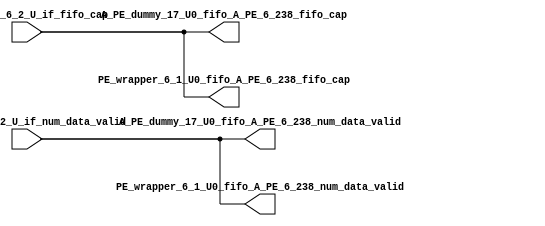
// ==================================================
// RTL generated by RapidStream
//
// Copyright 2024 RapidStream Design Automation, Inc.
// All Rights Reserved.
// ==================================================
`timescale 1 ns / 1 ps
module __rs_kernel3_aux_split_aux_34 #(
    parameter C_S_AXI_CONTROL_DATA_WIDTH  = 32,
    parameter C_S_AXI_CONTROL_ADDR_WIDTH  = 6,
    parameter C_S_AXI_DATA_WIDTH          = 32,
    parameter C_M_AXI_GMEM_A_ID_WIDTH     = 1,
    parameter C_M_AXI_GMEM_A_ADDR_WIDTH   = 64,
    parameter C_M_AXI_GMEM_A_DATA_WIDTH   = 512,
    parameter C_M_AXI_GMEM_A_AWUSER_WIDTH = 1,
    parameter C_M_AXI_GMEM_A_ARUSER_WIDTH = 1,
    parameter C_M_AXI_GMEM_A_WUSER_WIDTH  = 1,
    parameter C_M_AXI_GMEM_A_RUSER_WIDTH  = 1,
    parameter C_M_AXI_GMEM_A_BUSER_WIDTH  = 1,
    parameter C_M_AXI_GMEM_A_USER_VALUE   = 0,
    parameter C_M_AXI_GMEM_A_PROT_VALUE   = 0,
    parameter C_M_AXI_GMEM_A_CACHE_VALUE  = 3,
    parameter C_M_AXI_DATA_WIDTH          = 32,
    parameter C_M_AXI_GMEM_B_ID_WIDTH     = 1,
    parameter C_M_AXI_GMEM_B_ADDR_WIDTH   = 64,
    parameter C_M_AXI_GMEM_B_DATA_WIDTH   = 512,
    parameter C_M_AXI_GMEM_B_AWUSER_WIDTH = 1,
    parameter C_M_AXI_GMEM_B_ARUSER_WIDTH = 1,
    parameter C_M_AXI_GMEM_B_WUSER_WIDTH  = 1,
    parameter C_M_AXI_GMEM_B_RUSER_WIDTH  = 1,
    parameter C_M_AXI_GMEM_B_BUSER_WIDTH  = 1,
    parameter C_M_AXI_GMEM_B_USER_VALUE   = 0,
    parameter C_M_AXI_GMEM_B_PROT_VALUE   = 0,
    parameter C_M_AXI_GMEM_B_CACHE_VALUE  = 3,
    parameter C_M_AXI_GMEM_C_ID_WIDTH     = 1,
    parameter C_M_AXI_GMEM_C_ADDR_WIDTH   = 64,
    parameter C_M_AXI_GMEM_C_DATA_WIDTH   = 512,
    parameter C_M_AXI_GMEM_C_AWUSER_WIDTH = 1,
    parameter C_M_AXI_GMEM_C_ARUSER_WIDTH = 1,
    parameter C_M_AXI_GMEM_C_WUSER_WIDTH  = 1,
    parameter C_M_AXI_GMEM_C_RUSER_WIDTH  = 1,
    parameter C_M_AXI_GMEM_C_BUSER_WIDTH  = 1,
    parameter C_M_AXI_GMEM_C_USER_VALUE   = 0,
    parameter C_M_AXI_GMEM_C_PROT_VALUE   = 0,
    parameter C_M_AXI_GMEM_C_CACHE_VALUE  = 3,
    parameter C_S_AXI_CONTROL_WSTRB_WIDTH = 4,
    parameter C_S_AXI_WSTRB_WIDTH         = 4,
    parameter C_M_AXI_GMEM_A_WSTRB_WIDTH  = 64,
    parameter C_M_AXI_WSTRB_WIDTH         = 4,
    parameter C_M_AXI_GMEM_B_WSTRB_WIDTH  = 64,
    parameter C_M_AXI_GMEM_C_WSTRB_WIDTH  = 64
) (
    output wire [1:0] A_PE_dummy_17_U0_fifo_A_PE_6_238_fifo_cap,
    output wire [1:0] A_PE_dummy_17_U0_fifo_A_PE_6_238_num_data_valid,
    output wire [1:0] PE_wrapper_6_1_U0_fifo_A_PE_6_238_fifo_cap,
    output wire [1:0] PE_wrapper_6_1_U0_fifo_A_PE_6_238_num_data_valid,
    input wire  [1:0] fifo_A_PE_6_2_U_if_fifo_cap,
    input wire  [1:0] fifo_A_PE_6_2_U_if_num_data_valid
);
assign A_PE_dummy_17_U0_fifo_A_PE_6_238_fifo_cap = fifo_A_PE_6_2_U_if_fifo_cap;
assign A_PE_dummy_17_U0_fifo_A_PE_6_238_num_data_valid = fifo_A_PE_6_2_U_if_num_data_valid;
assign PE_wrapper_6_1_U0_fifo_A_PE_6_238_fifo_cap = fifo_A_PE_6_2_U_if_fifo_cap;
assign PE_wrapper_6_1_U0_fifo_A_PE_6_238_num_data_valid = fifo_A_PE_6_2_U_if_num_data_valid;
endmodule